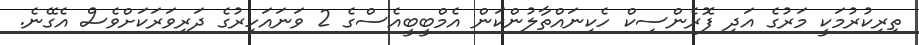
ތިރިކުރުމަކީ މަރުގެ އަދި ފޮރެންސިކް ހެކިނައްތާލުންކަން އެމްބީބީއެސްގެ 2 ވަނައަހިރުގެ ދަރިވަރަކަށްވެސް އެގޭނެ.